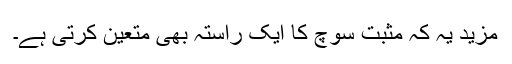
مزید یہ کہ مثبت سوچ کا ایک راستہ بھی متعین کرتی ہے۔